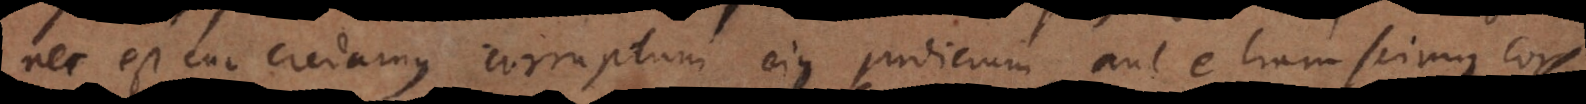
nec est cur credamus corruptum ejus judicium, aut etiam scimus cor